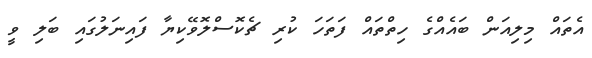
އެތައް މިލިއަން ބައެއްގެ ހިތްތައް ފަތަހަ ކުރި ޗެކޮސްލޮވޭކިޔާ ފައިނަލުގައި ބަލި ވީ